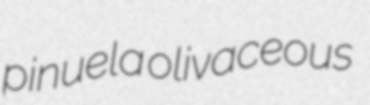
pinuela olivaceous